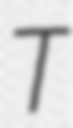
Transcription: T